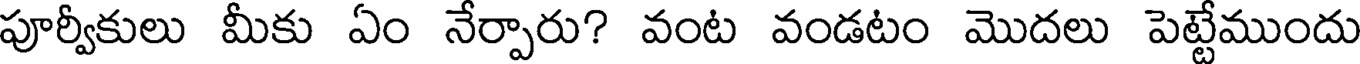
పూర్వీకులు మీకు ఏం నేర్పారు? వంట వండటం మొదలు పెట్టేముందు